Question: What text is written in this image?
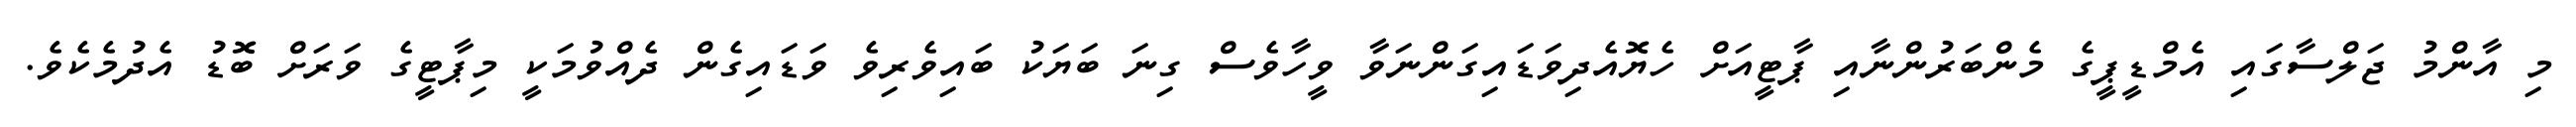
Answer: މި އާންމު ޖަލްސާގައި އެމްޑީޕީގެ މެންބަރުންނާއި ޕާޓީއަށް ހެޔޮއެދިވަޑައިގަންނަވާ ވީހާވެސް ގިނަ ބަޔަކު ބައިވެރިވެ ވަޑައިގެން ދެއްވުމަކީ މިޕާޓީގެ ވަރަށް ބޮޑު އެދުމެކެވެ.